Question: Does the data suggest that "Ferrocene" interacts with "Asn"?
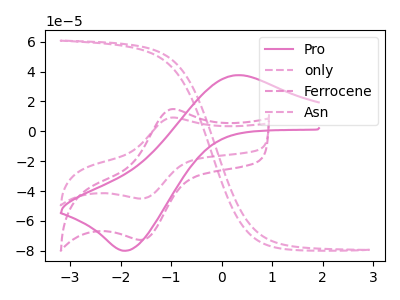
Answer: <think>The pink curve "Pro" has an anodic peak at (0.30V, 37.65uA) and a cathodic peak at (-1.90V, -79.95uA). The pink dashed curve "only" has no peaks. The pink dashed curve "Ferrocene" has an anodic peak at (-1.00V, 14.75uA) and a cathodic peak at (-1.60V, -72.65uA). The pink dashed curve "Asn" has an anodic peak at (-1.00V, 9.10uA) and a cathodic peak at (-1.60V, -45.00uA).
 All the peaks in "Ferrocene" have a peak in "Asn" at the same potential. Every peak in "Ferrocene" is higher than every peak in "Asn".</think>
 <answer>No, "Ferrocene" and "Asn" don't appear to be significantly different in shape</answer>
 <eval>no_change</eval>